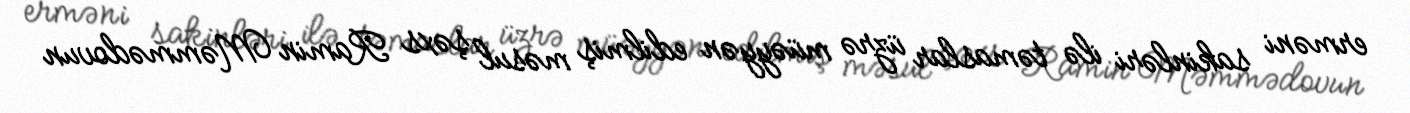
erməni sakinləri ilə təmaslar üzrə müəyyən edilmiş məsul şəxs Ramin Məmmədovun